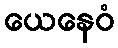
ယေနေဝံ